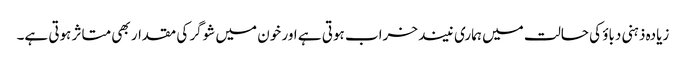
زیادہ ذہنی دباؤ کی حالت میں ہماری نیند خراب ہوتی ہے اور خون میں شوگر کی مقدار بھی متاثر ہوتی ہے۔